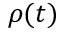
\rho ( t )